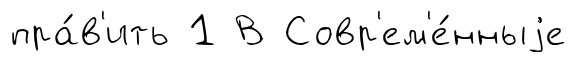
пра́в'ить 1 В Совр'ем'е́нныjе